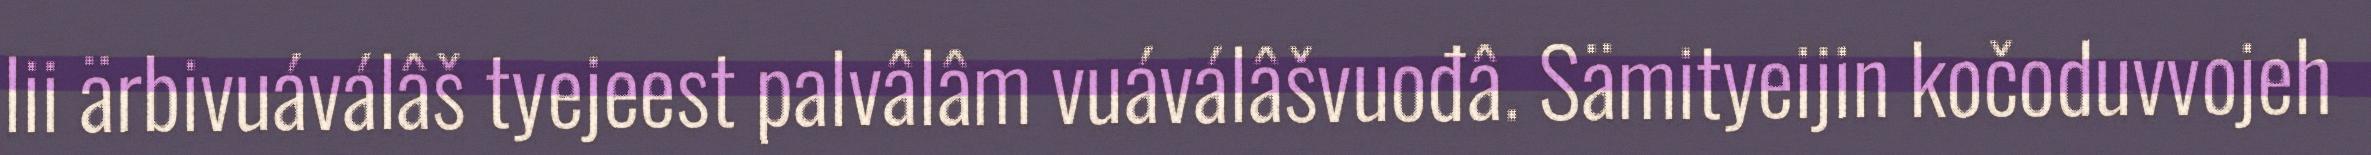
lii ärbivuáválâš tyejeest palvâlâm vuáválâšvuođâ. Sämityeijin kočoduvvojeh